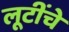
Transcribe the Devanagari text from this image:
लूटींचे